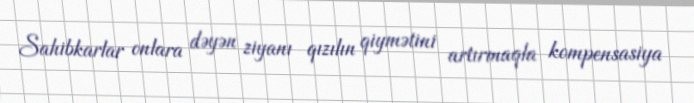
Sahibkarlar onlara dəyən ziyanı qızılın qiymətini artırmaqla kompensasiya